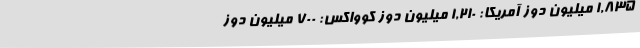
1,835 میلیون دوز آمریکا: 1,210 میلیون دوز کوواکس: 700 میلیون دوز